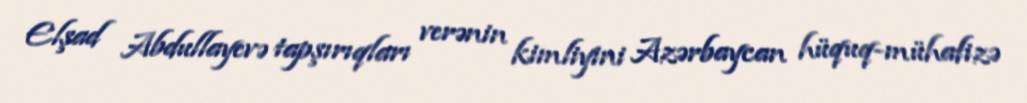
Elşad Abdullayevə tapşırıqları verənin kimliyini Azərbaycan hüquq-mühafizə